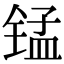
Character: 锰